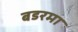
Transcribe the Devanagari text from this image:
बडरमा